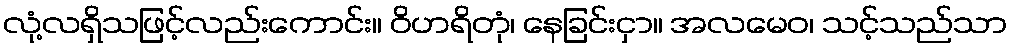
လုံ့လရှိသဖြင့်လည်းကောင်း။ ဝိဟရိတုံ၊ နေခြင်းငှာ။ အလမေဝ၊ သင့်သည်သာ